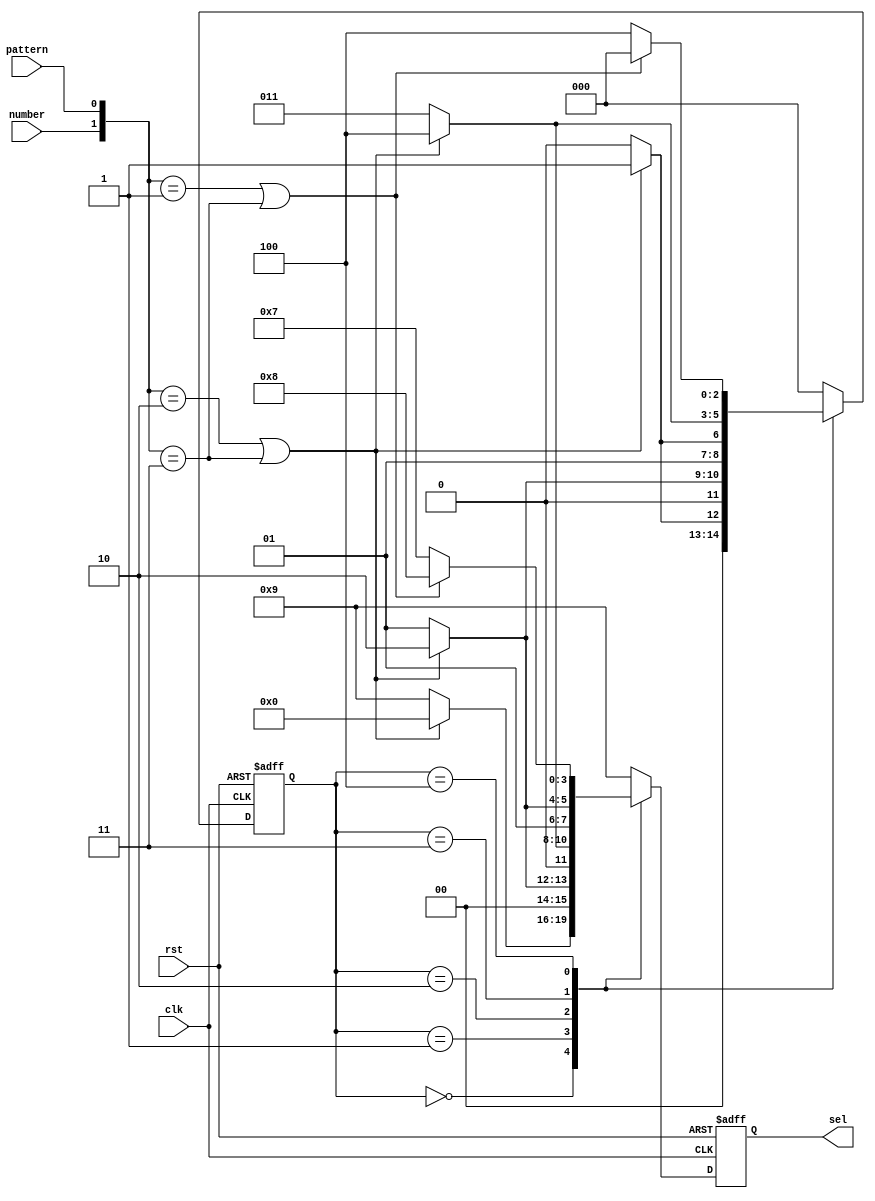
`timescale 1ns / 1ps

`define left1 3'b000
`define left2 3'b001
`define right1 3'b010
`define right2 3'b011
`define calc 3'b100

module FSM(clk, rst, number, pattern, sel);
    input clk, rst, number, pattern;
    output [3:0] sel;
    
    reg [1:0] in;
    reg [3:0] sel;
    reg [3:0] sel_next;
    reg [2:0] state;
    reg [2:0] state_next;
    
    always @* begin
        in = {number, pattern};
    end
    
    always @* begin
        case(state)
            `left1: begin
                if(in == 2'b10 || in == 2'b11) begin
                    sel_next = 4'b0000;
                    state_next = `left2;                 
                end
                else begin
                    sel_next = 4'b1001;
                    state_next = `left1;
                end
            end
            `left2: begin
                if(in == 2'b10 || in == 2'b11) begin
                    sel_next = 4'b0010;
                    state_next = `right1;
                end
                else begin
                    sel_next = 4'b0001;
                    state_next = `left2;
                end
            end
            `right1: begin
                if(in == 2'b10 || in == 2'b11) begin
                    sel_next = 4'b0100;
                    state_next = `right2;
                end
                else begin
                    sel_next = 4'b0011;
                    state_next = `right1;
                end
            end
            `right2: begin
                if(in == 2'b10 || in == 2'b11) begin
                    sel_next = 4'b0110;
                    state_next = `calc;
                end
                else begin
                    sel_next = 4'b0101;
                    state_next = `right2;
                end
            end
            `calc: begin
                if(in == 2'b01 || in == 2'b11) begin
                    sel_next = 4'b1000;
                    state_next = `left1;
                end
                else begin
                    sel_next = 4'b0111;
                    state_next = `calc;
                end
            end
            default: begin
                sel_next = 4'b1001;
                state_next = `left1;
            end
        endcase
    end
    
    always @(posedge clk or negedge rst) begin
        if(~rst) 
            sel <= 4'b1001;               
        else
            sel <= sel_next;      
    end
    
    always @(posedge clk or negedge rst) begin
        if(~rst)
            state <= `left1;
        else 
            state <= state_next;
    end
endmodule